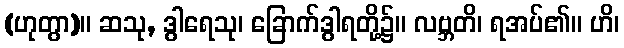
(ဟုတွာ)။ ဆသု, ဒွါရေသု၊ ခြောက်ဒွါရတို့၌။ လဗ္ဘတိ၊ ရအပ်၏။ ဟိ၊